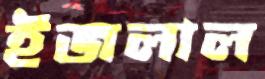
ইজলাল